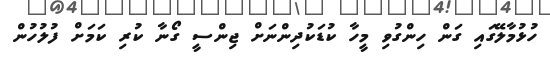
ހުޅުމާލޭގައި ގަން ހިންގުވި މީހާ ކުޑަކުދިންނަށް ޖިންސީ ގޯނާ ކުރި ކަމަށް ފުލުހުން